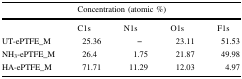
|  | <COLSPAN=4> Concentration (atomic %) |
 | --- | --- | --- | --- | --- |
 |  | C1s | N1s | O1s | F1s |
 | UT-ePTFE_M | 25.36 | – | 23.11 | 51.53 |
 | NH3-ePTFE_M | 26.4 | 1.75 | 21.87 | 49.98 |
 | HA-ePTFE_M | 71.71 | 11.29 | 12.03 | 4.97 |